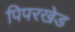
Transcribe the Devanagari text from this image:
पिपरखेड